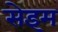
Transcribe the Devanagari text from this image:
सेइम